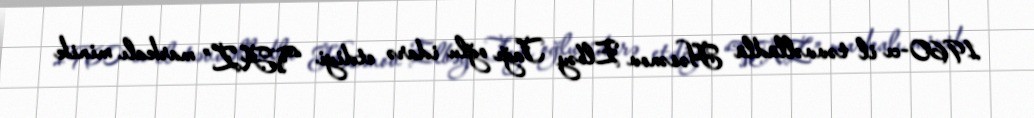
1960-cı il təvvəllüdlü Həsənov Elbəy Tağı oğlu idarə etdiyi “VAZ” markalı minik